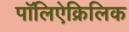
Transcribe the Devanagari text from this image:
पॉलिऐक्रिलिक